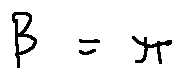
\beta = \pi